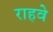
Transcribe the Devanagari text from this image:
राहवे